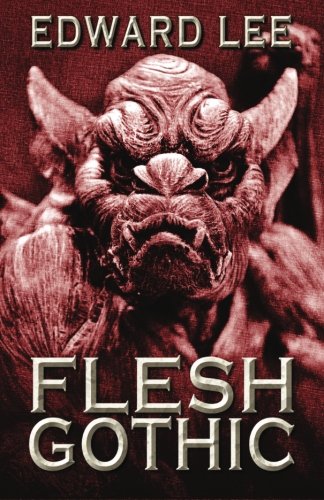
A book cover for Flesh Gothic; Edward Lee; Romance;